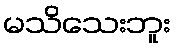
မသိသေးဘူး